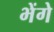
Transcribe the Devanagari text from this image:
भेंगे